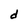
Character: d